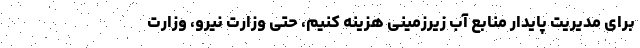
برای مدیریت پایدار منابع آب زیرزمینی هزینه کنیم، حتی وزارت نیرو، وزارت